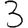
Digit: 3